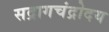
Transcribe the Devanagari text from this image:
सद्रागचंद्रोदय